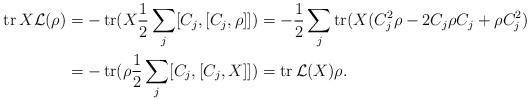
LaTeX: \begin{align*} \operatorname{tr} X \mathcal{L}(\rho) &=-\operatorname{tr} (X\frac{1}{2}\sum\limits_{j}[C_{j},[C_{j},\rho]]) = -\frac{1}{2}\sum\limits_{j} \operatorname{tr} (X(C_{j}^{2}\rho - 2C_{j}\rho C_{j} + \rho C_{j}^{2}) \\ &= -\operatorname{tr} (\rho\frac{1}{2}\sum\limits_{j}[C_{j},[C_{j},X]]) = \operatorname{tr} \mathcal{L} (X)\rho. \end{align*}